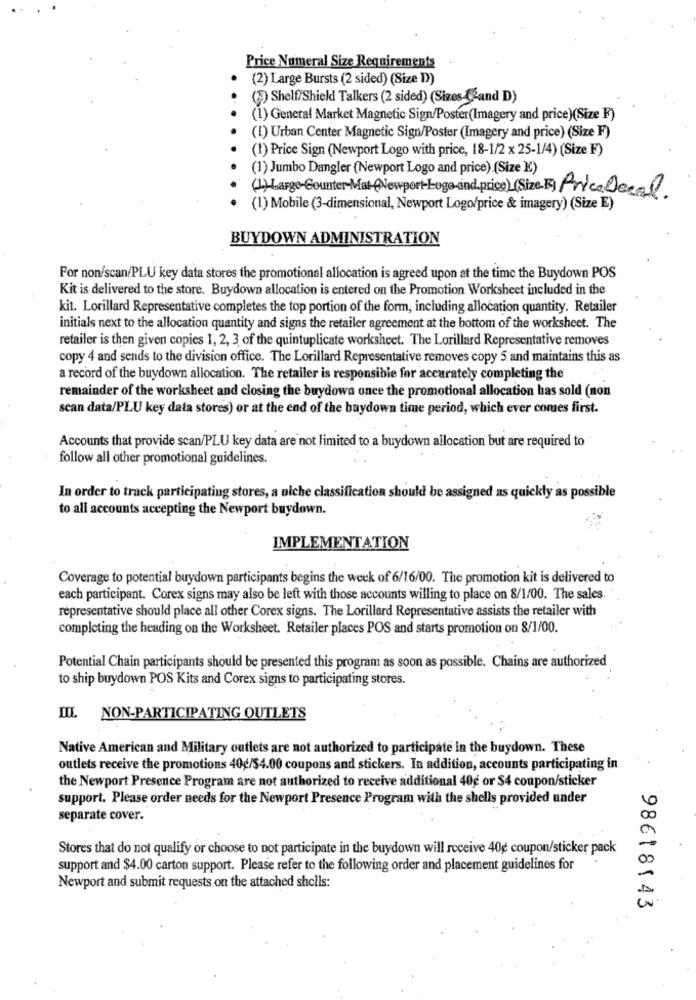
Price Numeral Size Requirements
(2) Large Bursts (2 sided) (Size D))
(3) Shelf/Shield Talkers (2 sided) (Sizes -Cand D)
(1) General Market Magnetic Sign/Poster(Imagery and price)(Size F)
(I) Urban Center Magnetic Sign/Poster (Imagery and price) (Size F)
(1) Price Sign (Newport Logo with price, 18-1/2 x 25-1/4) (Size F)
(1) Jumbo Dangler (Newport Logo and price) (Size K)
(1) Large-Counter-Mat-(NewportLuge-and.price)(Size-F) Price local
(1) Mobile (3-dimensional, Newport Logo/price & imagery) (Size E)
BUYDOWN ADMINISTRATION
For non/scan/PLU key data stores the promotional allocation is agreed upon at the time the Buydown POS
Kit is delivered to the store. Buydown allocation is entered on the Promotion Worksheet included in the
kit. Lorillard Representative completes the top portion of the form, including allocation quantity. Retailer
initials next to the allocation quantity and signs the retailer agreement at the bottom of the worksheet. The
retailer is then given copies 1, 2, 3, of the quintuplicate worksheet. The Lorillard Representative removes
copy 4 and sends to the division office. The Lorillard Representative removes copy 5 and maintains this as
a record of the buydown allocation. The retailer is responsible for accurately completing the
remainder of the worksheet and closing the buydown once the promotional allocation has sold (non
scan data/PLU key data stores) or at the end of the buydown time period, which ever comes first.
Accounts that provide scan/PLU key data are not limited to a buydown allocation but are required to
follow all other promotional guidelines.
In order to track participating stores, a niche classification should be assigned as quickly as possible
to all accounts accepting the Newport buydown.
IMPLEMENTATION
Coverage to potential buydown participants begins the week of 6/16/00. The promotion kit is delivered to
each participant. Corex signs may also be left with those accounts willing to place on 8/1/00. The sales."
representative should place all other Corex signs. The Lorillard Representative assists the retailer with
completing the heading on the Worksheet. Retailer places POS and starts promotion on 8/1/00.
Potential Chain participants should be presented this program as soon as possible. Chains are authorized
to ship buydown POS Kits and Corex signs to participating stores.
ILL NON-PARTICIPATING OUTLETS
Native American and Military outlets are not authorized to participate in the buydown. These
outlets receive the promotions 40g/$4.00 coupons and stickers. In addition, accounts participating in
the Newport Presence Program are not authorized to receive additional 40g or $4 coupon/sticker
support. Please order needs for the Newport Presence Program with the shells provided under
separate cover.
Stores that do not qualify or choose to not participate in the buydown will receive 40g coupon/sticker pack
support and $4.00 carton support. Please refer to the following order and placement guidelines for
Newport and submit requests on the attached shells:
98618143